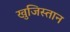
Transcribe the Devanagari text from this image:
खुजिस्तान